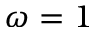
\omega = 1